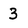
Character: 3